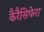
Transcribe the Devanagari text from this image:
कैरैसिफेरा